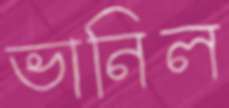
ভানিল